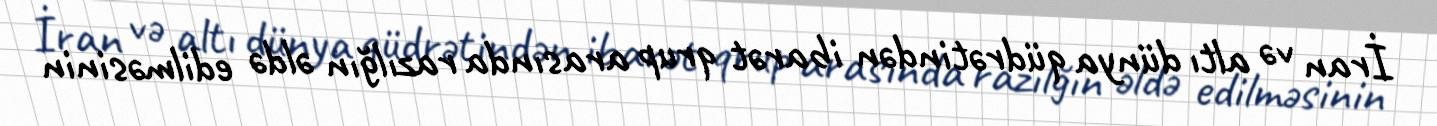
İran və altı dünya qüdrətindən ibarət qrup arasında razılğın əldə edilməsinin